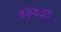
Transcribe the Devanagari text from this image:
१३४३३